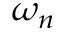
\omega _ { n }